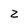
Character: Z